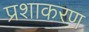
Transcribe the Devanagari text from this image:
प्रशाकरण